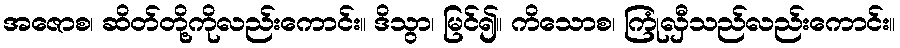
အဇောစ၊ ဆိတ်တို့ကိုလည်းကောင်း။ ဒိသွာ၊ မြင်၍။ ကိသောစ၊ ကြုံလှီသည်လည်းကောင်း။